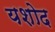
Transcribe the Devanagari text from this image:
यशोद